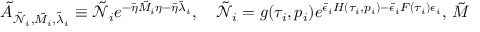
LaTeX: \tilde { A } _ { \tilde { \mathcal { N } } _ { i } , \tilde { M _ { i } } , \tilde { \lambda } _ { i } } \equiv \tilde { \mathcal { N } } _ { i } e ^ { - \bar { \eta } \tilde { M } _ { i } \eta - \bar { \eta } \tilde { \lambda } _ { i } } , \quad \tilde { \mathcal { N } } _ { i } = g ( \tau _ { i } , p _ { i } ) e ^ { \bar { \epsilon } _ { i } H ( \tau _ { i } , p _ { i } ) - \bar { \epsilon } _ { i } F ( \tau _ { i } ) \epsilon _ { i } } , \, \tilde { M }